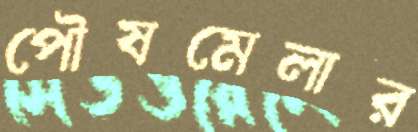
পৌষমেলার